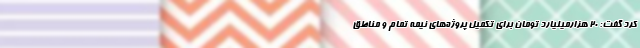
کرد گفت: ۲۰ هزارمیلیارد تومان برای تکمیل پروژه‌های نیمه تمام و مناطق